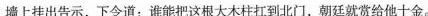
墙上挂出告示，下令道：谁能把这根大木柱扛到北门，朝廷就赏给他十金。